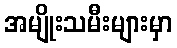
အမျိုးသမီးများမှာ